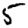
Digit: 5